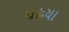
ચઢયા